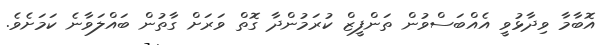
އޮބާމާ ވިދާޅުވީ އެއްބަސްވުން ތަންފީޒް ކުރަމުންދާ ގޮތް ވަރަށް ގާތުން ބައްލަވާނެ ކަމަށެވެ.